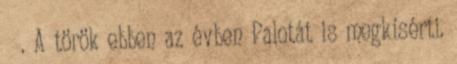
. A török ebben az évben Palotát is megkísérti.